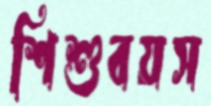
শিশুবয়স